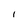
Character: 1